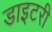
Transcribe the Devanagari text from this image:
डाइटरी